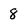
Character: 8